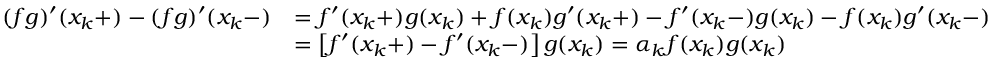
\begin{array} { r l } { ( f g ) ^ { \prime } ( x _ { k } + ) - ( f g ) ^ { \prime } ( x _ { k } - ) } & { = f ^ { \prime } ( x _ { k } + ) g ( x _ { k } ) + f ( x _ { k } ) g ^ { \prime } ( x _ { k } + ) - f ^ { \prime } ( x _ { k } - ) g ( x _ { k } ) - f ( x _ { k } ) g ^ { \prime } ( x _ { k } - ) } \\ & { = \left[ f ^ { \prime } ( x _ { k } + ) - f ^ { \prime } ( x _ { k } - ) \right] g ( x _ { k } ) = \alpha _ { k } f ( x _ { k } ) g ( x _ { k } ) } \end{array}